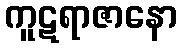
ကူဋရာဇာနော